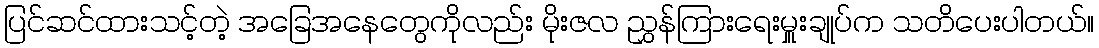
ပြင်ဆင်ထားသင့်တဲ့ အခြေအနေတွေကိုလည်း မိုးဇလ ညွှန်ကြားရေးမှူးချုပ်က သတိပေးပါတယ်။